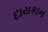
દાયકાન